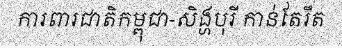
ការពារជាតិកម្ពុជា-សិង្ហបុរី កាន់តែរឹត